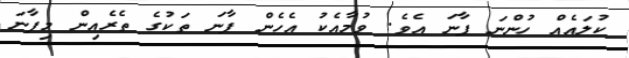
ކުލައެއް ހުންނަ ފާނަ އެވެ. ވުމާއެކު އެހެން ފާނަ ތަކުގެ ތެރެއިން މިފާނަ